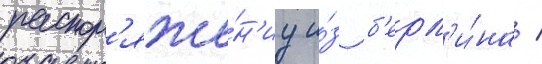
распор'яже́н'иу и́з б'ерл'и́на /